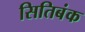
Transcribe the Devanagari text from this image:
सितिबंक